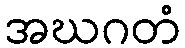
အဃဂတံ